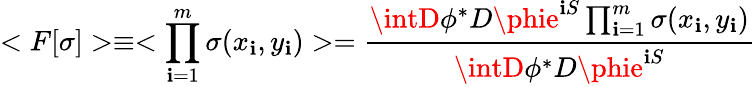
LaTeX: <F[\sigma]>\equiv<\prod_{\mathbf{i}=1}^{m}\sigma(x_{\mathbf{i}},y_{\mathbf{i}})>={\frac{{\intD\phi^{*}D\phie^{\mathbf{i}S}\prod_{\mathbf{i}=1}^{m}\sigma(x_{\mathbf{i}},y_{\mathbf{i}})}}{{\intD\phi^{*}D\phie^{\mathbf{i}S}}}}